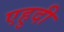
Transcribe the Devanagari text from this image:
एहुदी